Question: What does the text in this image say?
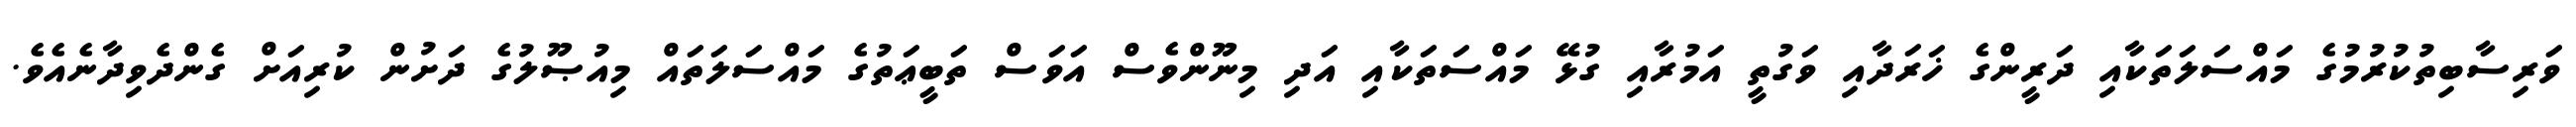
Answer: ވަރިސާބިތުކުރުމުގެ މައްސަލަތަކާއި ދަރީންގެ ޚަރަދާއި ވަގުތީ އަމުރާއި ގުޅޭ މައްސަތަކާއި އަދި މިނޫންވެސް އަވަސް ތަބީޢަތުގެ މައްސަލަތައް މިއުޞޫލުގެ ދަށުން ކުރިއަށް ގެންދެވިދާނެއެވެ.